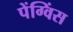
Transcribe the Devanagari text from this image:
पेंग्विंस